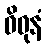
ဝိဓုနံ